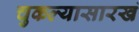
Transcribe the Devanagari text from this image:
चुकल्यासारखं